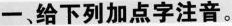
一、给下列加点字注音。